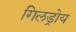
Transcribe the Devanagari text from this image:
गिलड्रोय